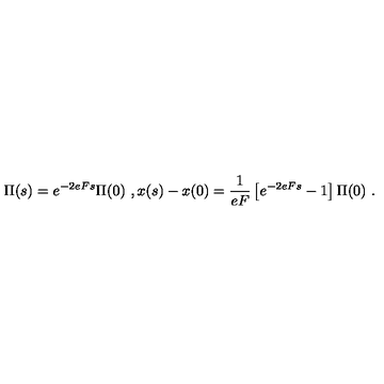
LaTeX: \Pi ( s ) = e ^ { - 2 e F s } \Pi ( 0 ) \ , x ( s ) - x ( 0 ) = \frac { 1 } { e F } \left[ e ^ { - 2 e F s } - 1 \right] \Pi ( 0 ) \ .